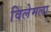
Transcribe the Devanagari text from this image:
विलेमला